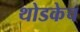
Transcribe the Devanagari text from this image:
थोडकेच